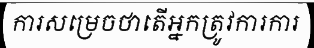
ការសម្រេចថាតើអ្នកត្រូវការការ